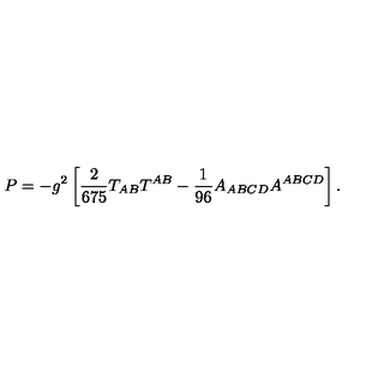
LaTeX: P = - g ^ { 2 } \left[ { \frac { 2 } { 6 7 5 } } T _ { A B } T ^ { A B } - { \frac { 1 } { 9 6 } } A _ { A B C D } A ^ { A B C D } \right] .